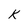
Character: K